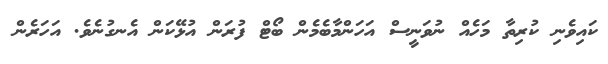
ކައިވެނި ކުރިތާ މަހެއް ނުވަނީސް އަހަންމާބެމެން ބޯޓް ފުރަން އުޅޭކަން އެނގުނެވެ. އަހަރެން